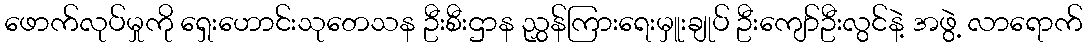
ဖောက်လုပ်မှုကို ရှေးဟောင်းသုတေသန ဦးစီးဌာန ညွှန်ကြားရေးမှူးချုပ် ဦးကျော်ဦးလွင်နဲ့ အဖွဲ့ လာရောက်